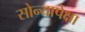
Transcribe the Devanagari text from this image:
सोन्यापेक्षा